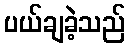
ပယ်ချခဲ့သည်